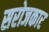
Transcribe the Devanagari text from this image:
सरोजकार